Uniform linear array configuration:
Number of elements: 12
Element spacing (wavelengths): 1
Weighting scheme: uniform
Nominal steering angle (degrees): -45
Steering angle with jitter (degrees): -45.479
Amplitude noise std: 0.05
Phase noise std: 0.05

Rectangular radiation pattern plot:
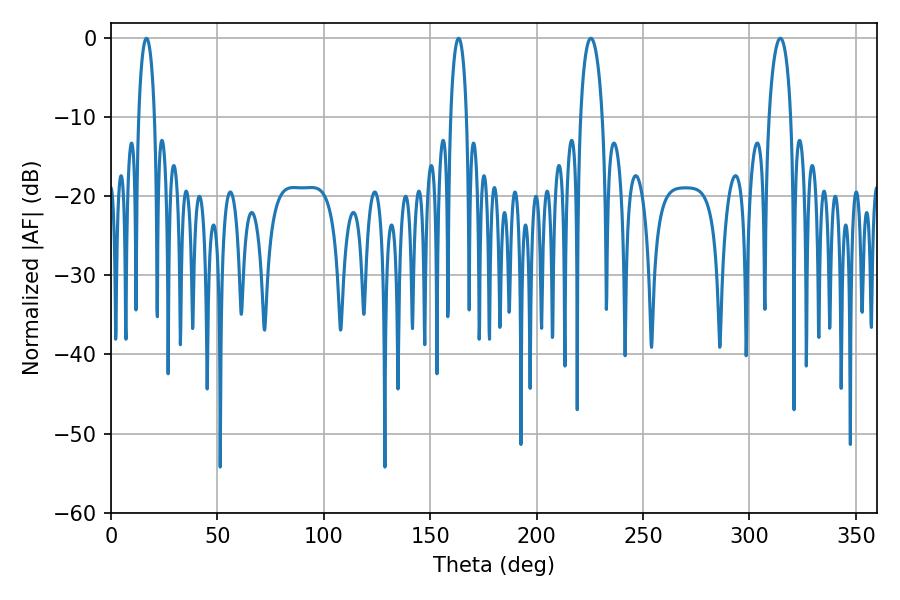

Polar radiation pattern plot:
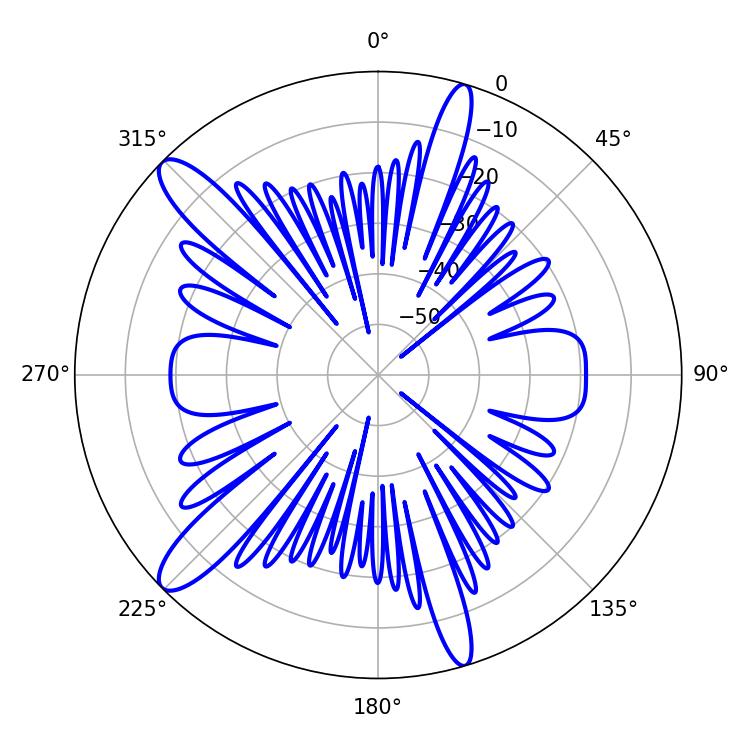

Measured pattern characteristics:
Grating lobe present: TRUE
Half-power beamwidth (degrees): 5.76
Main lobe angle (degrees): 225.54